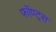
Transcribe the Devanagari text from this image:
फॉण्ट्स